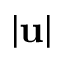
\lvert \mathbf { u } \rvert